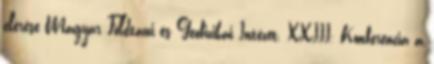
elérése Magyar Földtani és Geofizikai Intézet. XXIII. Konferencia a